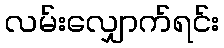
လမ်းလျှောက်ရင်း